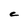
Character: C